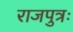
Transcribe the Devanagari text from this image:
राजपुत्रः